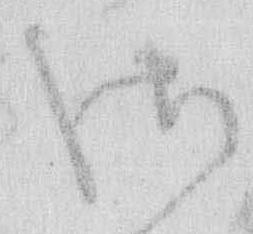
御